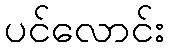
ပင်လောင်း